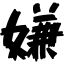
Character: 嫌